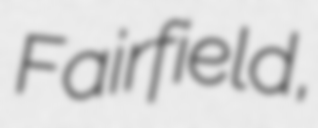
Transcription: Fairfield,